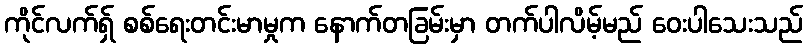
ကိုင်လက်ရှ် စစ်ရေးတင်းမာမှုက နောက်တခြမ်းမှာ တက်ပါလိမ့်မည် ဝေးပါသေးသည်